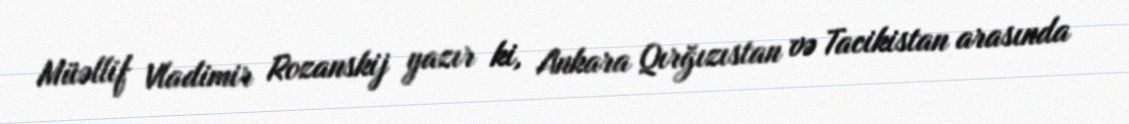
Müəllif Vladimir Rozanskij yazır ki, Ankara Qırğızıstan və Tacikistan arasında